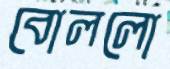
বোললো